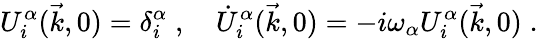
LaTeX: U_{i}^{\alpha}(\vec{k},0)=\delta_{i}^{\alpha}\; ,\quad\dot{U}_{i}^{\alpha}(\vec{k},0)=-i\omega_{\alpha}U_{i}^{\alpha}(\vec{k},0)\; .